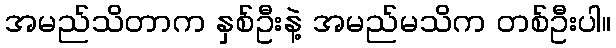
အမည်သိတာက နှစ်ဦးနဲ့ အမည်မသိက တစ်ဦးပါ။